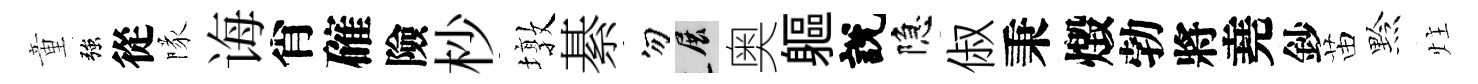
童強從隊诲肖確險杪墩綦勿展奥軀說隐俶秉燬勃將堯鈔苗黔炷